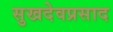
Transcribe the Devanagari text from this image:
सुखदेवप्रसाद